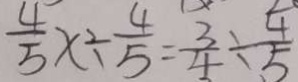
\frac { 4 } { 5 } x \div \frac { 4 } { 5 } = \frac { 3 } { 4 } \div \frac { 4 } { 5 }